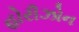
હોરીઝોન